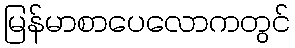
မြန်မာစာပေလောကတွင်